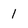
Character: I